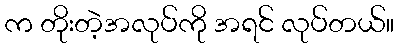
က တိုးတဲ့အလုပ်ကို အရင် လုပ်တယ်။